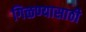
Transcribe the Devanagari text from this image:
गिळण्यासाठी